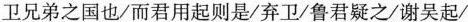
卫兄弟之国也/而君用起则是/弃卫/鲁君疑之/谢吴起